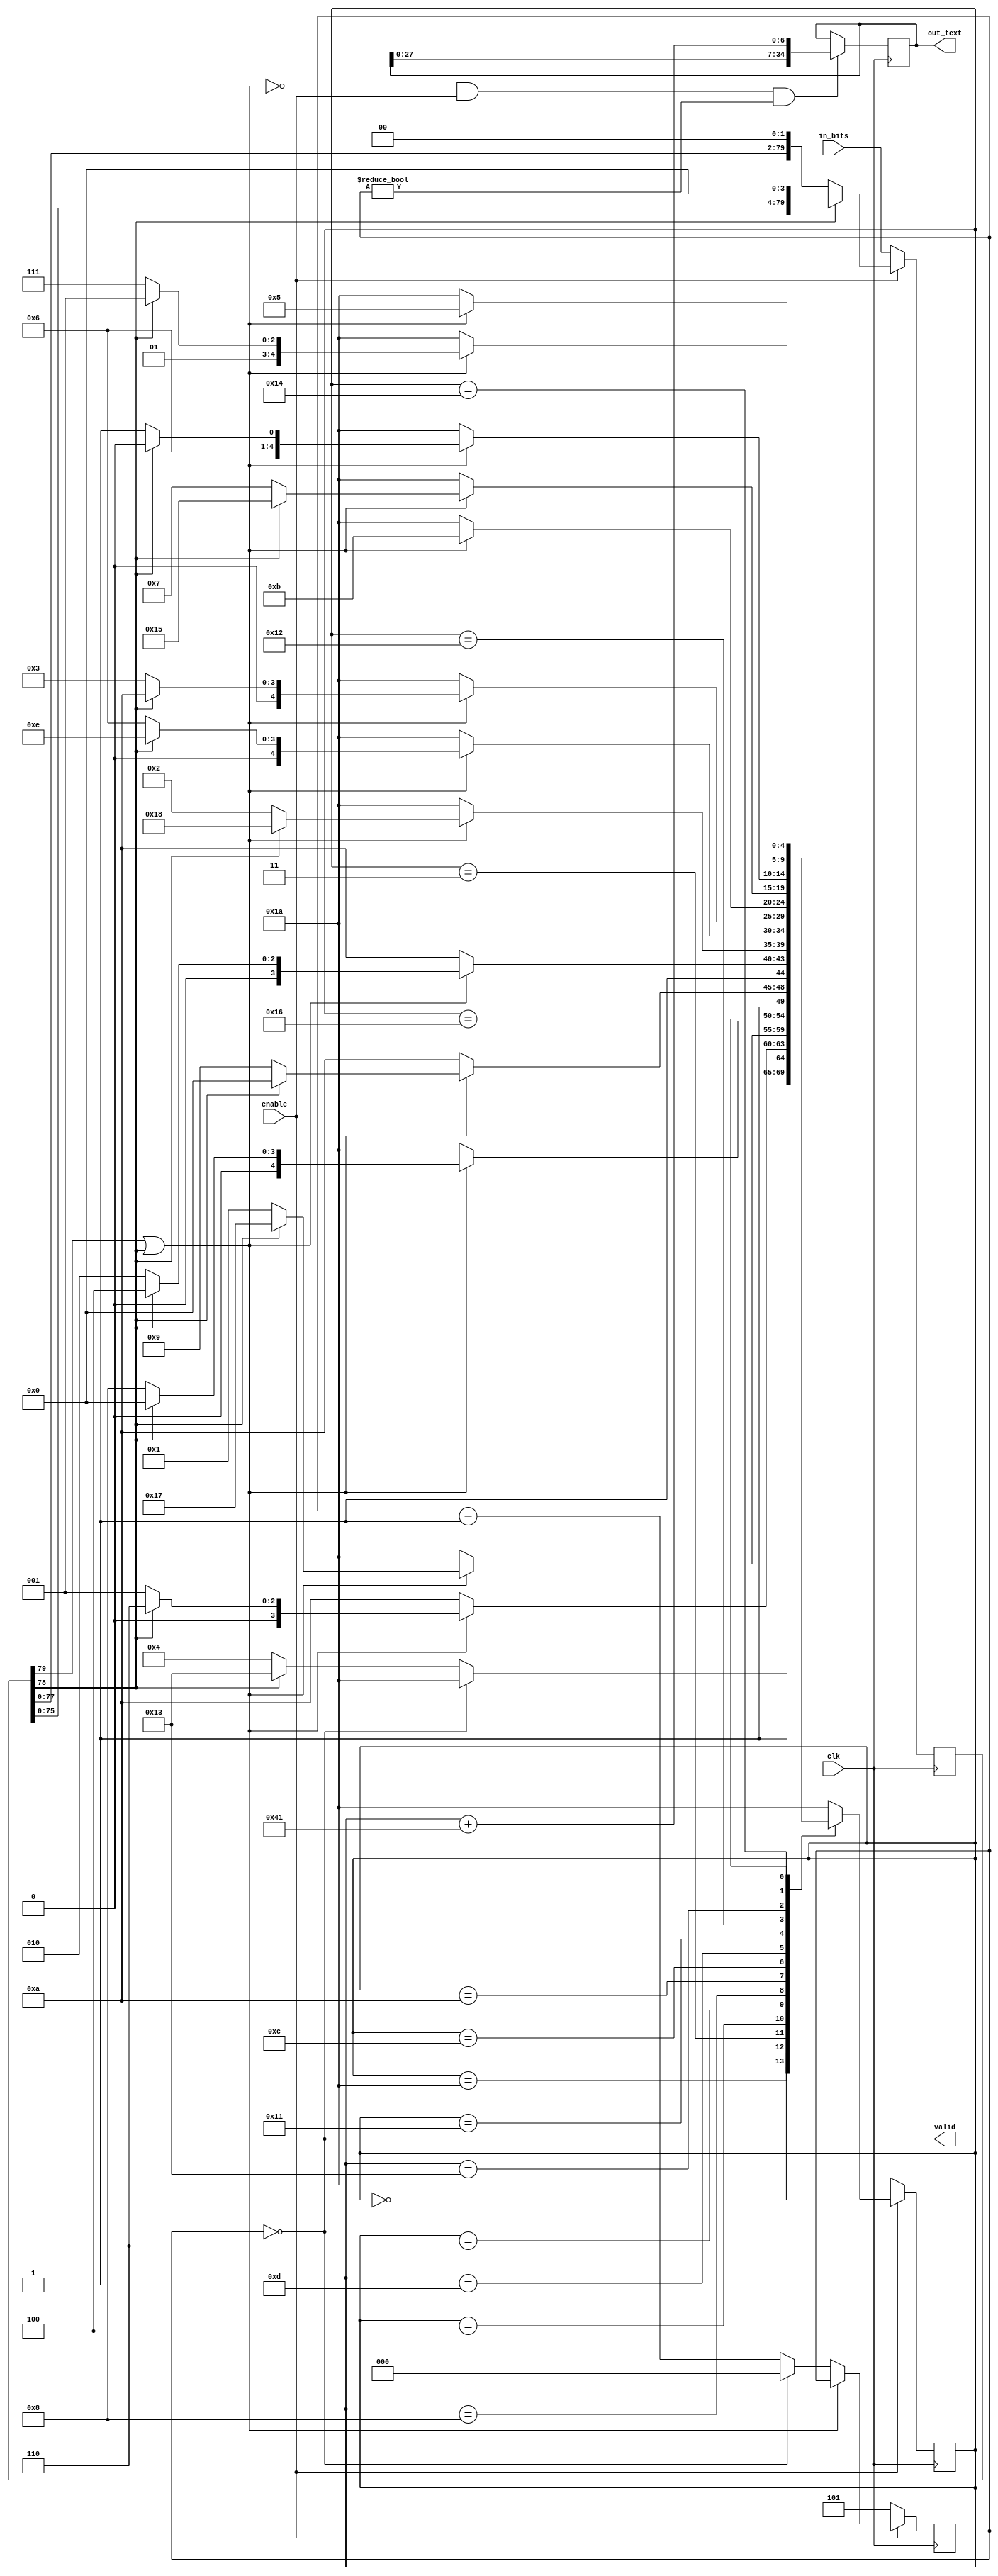
module DecodeMorse(
	input clk,
	input enable,
	input [79:0] in_bits,
	output reg [34:0] out_text,
	output valid);
	
	
	reg [79:0] in_data ;
	wire shift_4, finish_n ; 
	reg [2:0] remaining ; 
	reg [4:0] st, nst  ; 
	
	parameter A = 5'd0 ,	B = 5'd1 ,	C = 5'd2 ,	D = 5'd3 ,	E = 5'd4 ,	F = 5'd5 ,	G = 5'd6 ,	H = 5'd7 ,
						I = 5'd8 ,	J = 5'd9 ,	K = 5'd10,	L = 5'd11,	M = 5'd12,	N = 5'd13,	O = 5'd14,	P = 5'd15,
						Q = 5'd16,	R = 5'd17,	S = 5'd18,	T = 5'd19,	U = 5'd20,	V = 5'd21,	W = 5'd22,	X = 5'd23,
						Y = 5'd24,	Z = 5'd25, 
						idle = 5'd26 ; 
	
	
	assign shift_4 = in_data[78] ; 
	assign finish_n = in_data[79] | in_data[78] ; 

	always @ (posedge clk)
	begin 
		if(!enable) in_data <= in_bits ; 
		else begin 
			if(shift_4)  in_data <= in_data << 4 ;
			else  in_data <= in_data << 2 ;
		end 
	end 
	
	always @ (posedge clk)
	begin 
		if(!enable) st <= idle ; 
		else st <= nst ;
	end 
	
	always @ (*)
	begin 
	case(st)
		idle:	nst = (remaining==0)? idle : (shift_4) ? T : E;
			A : nst = (!finish_n) ? idle : (shift_4) ? W : R;
			B : nst = idle ;
			C : nst = idle ;
			D : nst = (!finish_n) ? idle : (shift_4) ? X : B;
			E : nst = (!finish_n) ? idle : (shift_4) ? A : I;
			F : nst = idle ;
			G : nst = (!finish_n) ? idle : (shift_4) ? Q : Z;
			H : nst = idle ;
			I : nst = (!finish_n) ? idle : (shift_4) ? U : S;
			J : nst = idle ;
			K : nst = (!finish_n) ? idle : (shift_4) ? Y : C;
			L : nst = idle ;
			M : nst = (!finish_n) ? idle : (shift_4) ? O : G;
			N : nst = (!finish_n) ? idle : (shift_4) ? K : D;
			O : nst = idle ;
			P : nst = idle ;
			Q : nst = idle;
			R : nst = (!finish_n) ? idle : L ;
			S : nst = (!finish_n) ? idle : (shift_4) ? V : H;
			T : nst = (!finish_n) ? idle : (shift_4) ? M : N;
			U : nst = (!finish_n) ? idle : F ; 
			V : nst = idle ;
			W : nst = (!finish_n) ? idle : (shift_4) ? J : P;
			X : nst = idle ; 
			Y : nst = idle ; 
			Z : nst = idle ; 
			default : nst = idle ; 
		endcase 
	end 
	
	always @ (posedge clk)
	begin 
		if(!finish_n && enable && (remaining !=0)) out_text <= {out_text[27:0], st+7'h41} ;
	end 	
	
	always @ (posedge clk)
	begin 
		if(!enable) remaining <= 3'd5 ; 
		else if(!finish_n) remaining <= (remaining==0) ? 0 : remaining - 1 ;
	end 
	
	assign valid = (remaining == 0) ;
	
endmodule